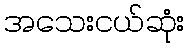
အသေးငယ်ဆုံး